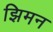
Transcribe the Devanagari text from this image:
झिमन